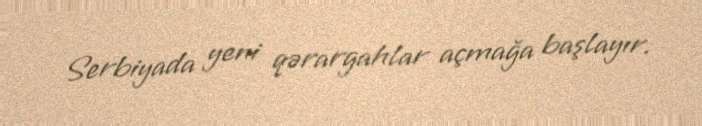
Serbiyada yeni qərargahlar açmağa başlayır.